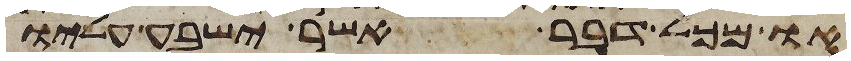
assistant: או מכל דבר אשר ישבע עליו